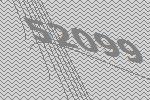
52099